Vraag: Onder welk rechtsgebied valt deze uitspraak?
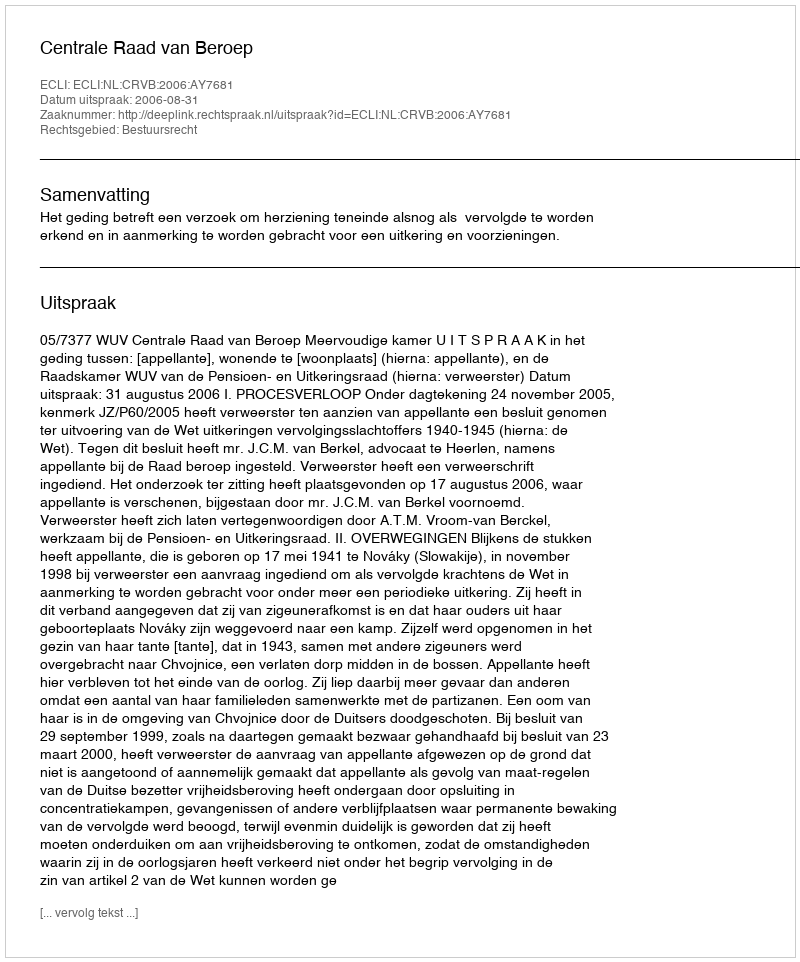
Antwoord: Bestuursrecht